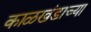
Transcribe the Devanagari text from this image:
काळखंडाच्या